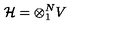
{ \cal H } = \otimes _ { 1 } ^ { N } V